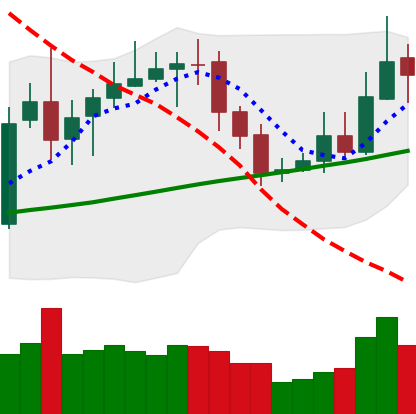
Ticker: XRP-USD
Chart end date: 2020-10-23
Forward return: -3.537%
Label: down_3_5